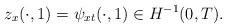
LaTeX: \begin{align*}z_x(\cdot,1)=\psi_{xt}(\cdot,1)\in H^{-1}(0,T).\end{align*}